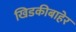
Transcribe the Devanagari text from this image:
खिडकीबाहेर